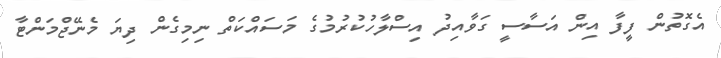
އެގޮތުން ފީފާ އިން އަސާސީ ގަވާއިދު އިސްލާހުކުރުމުގެ މަސައްކަތް ނިމިގެން ދިޔަ މެނޭޖްމަންޓާ